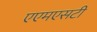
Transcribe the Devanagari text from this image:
एएमएसटी